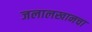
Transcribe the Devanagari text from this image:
जलालखानचा